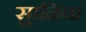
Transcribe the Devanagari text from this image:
सुानियां